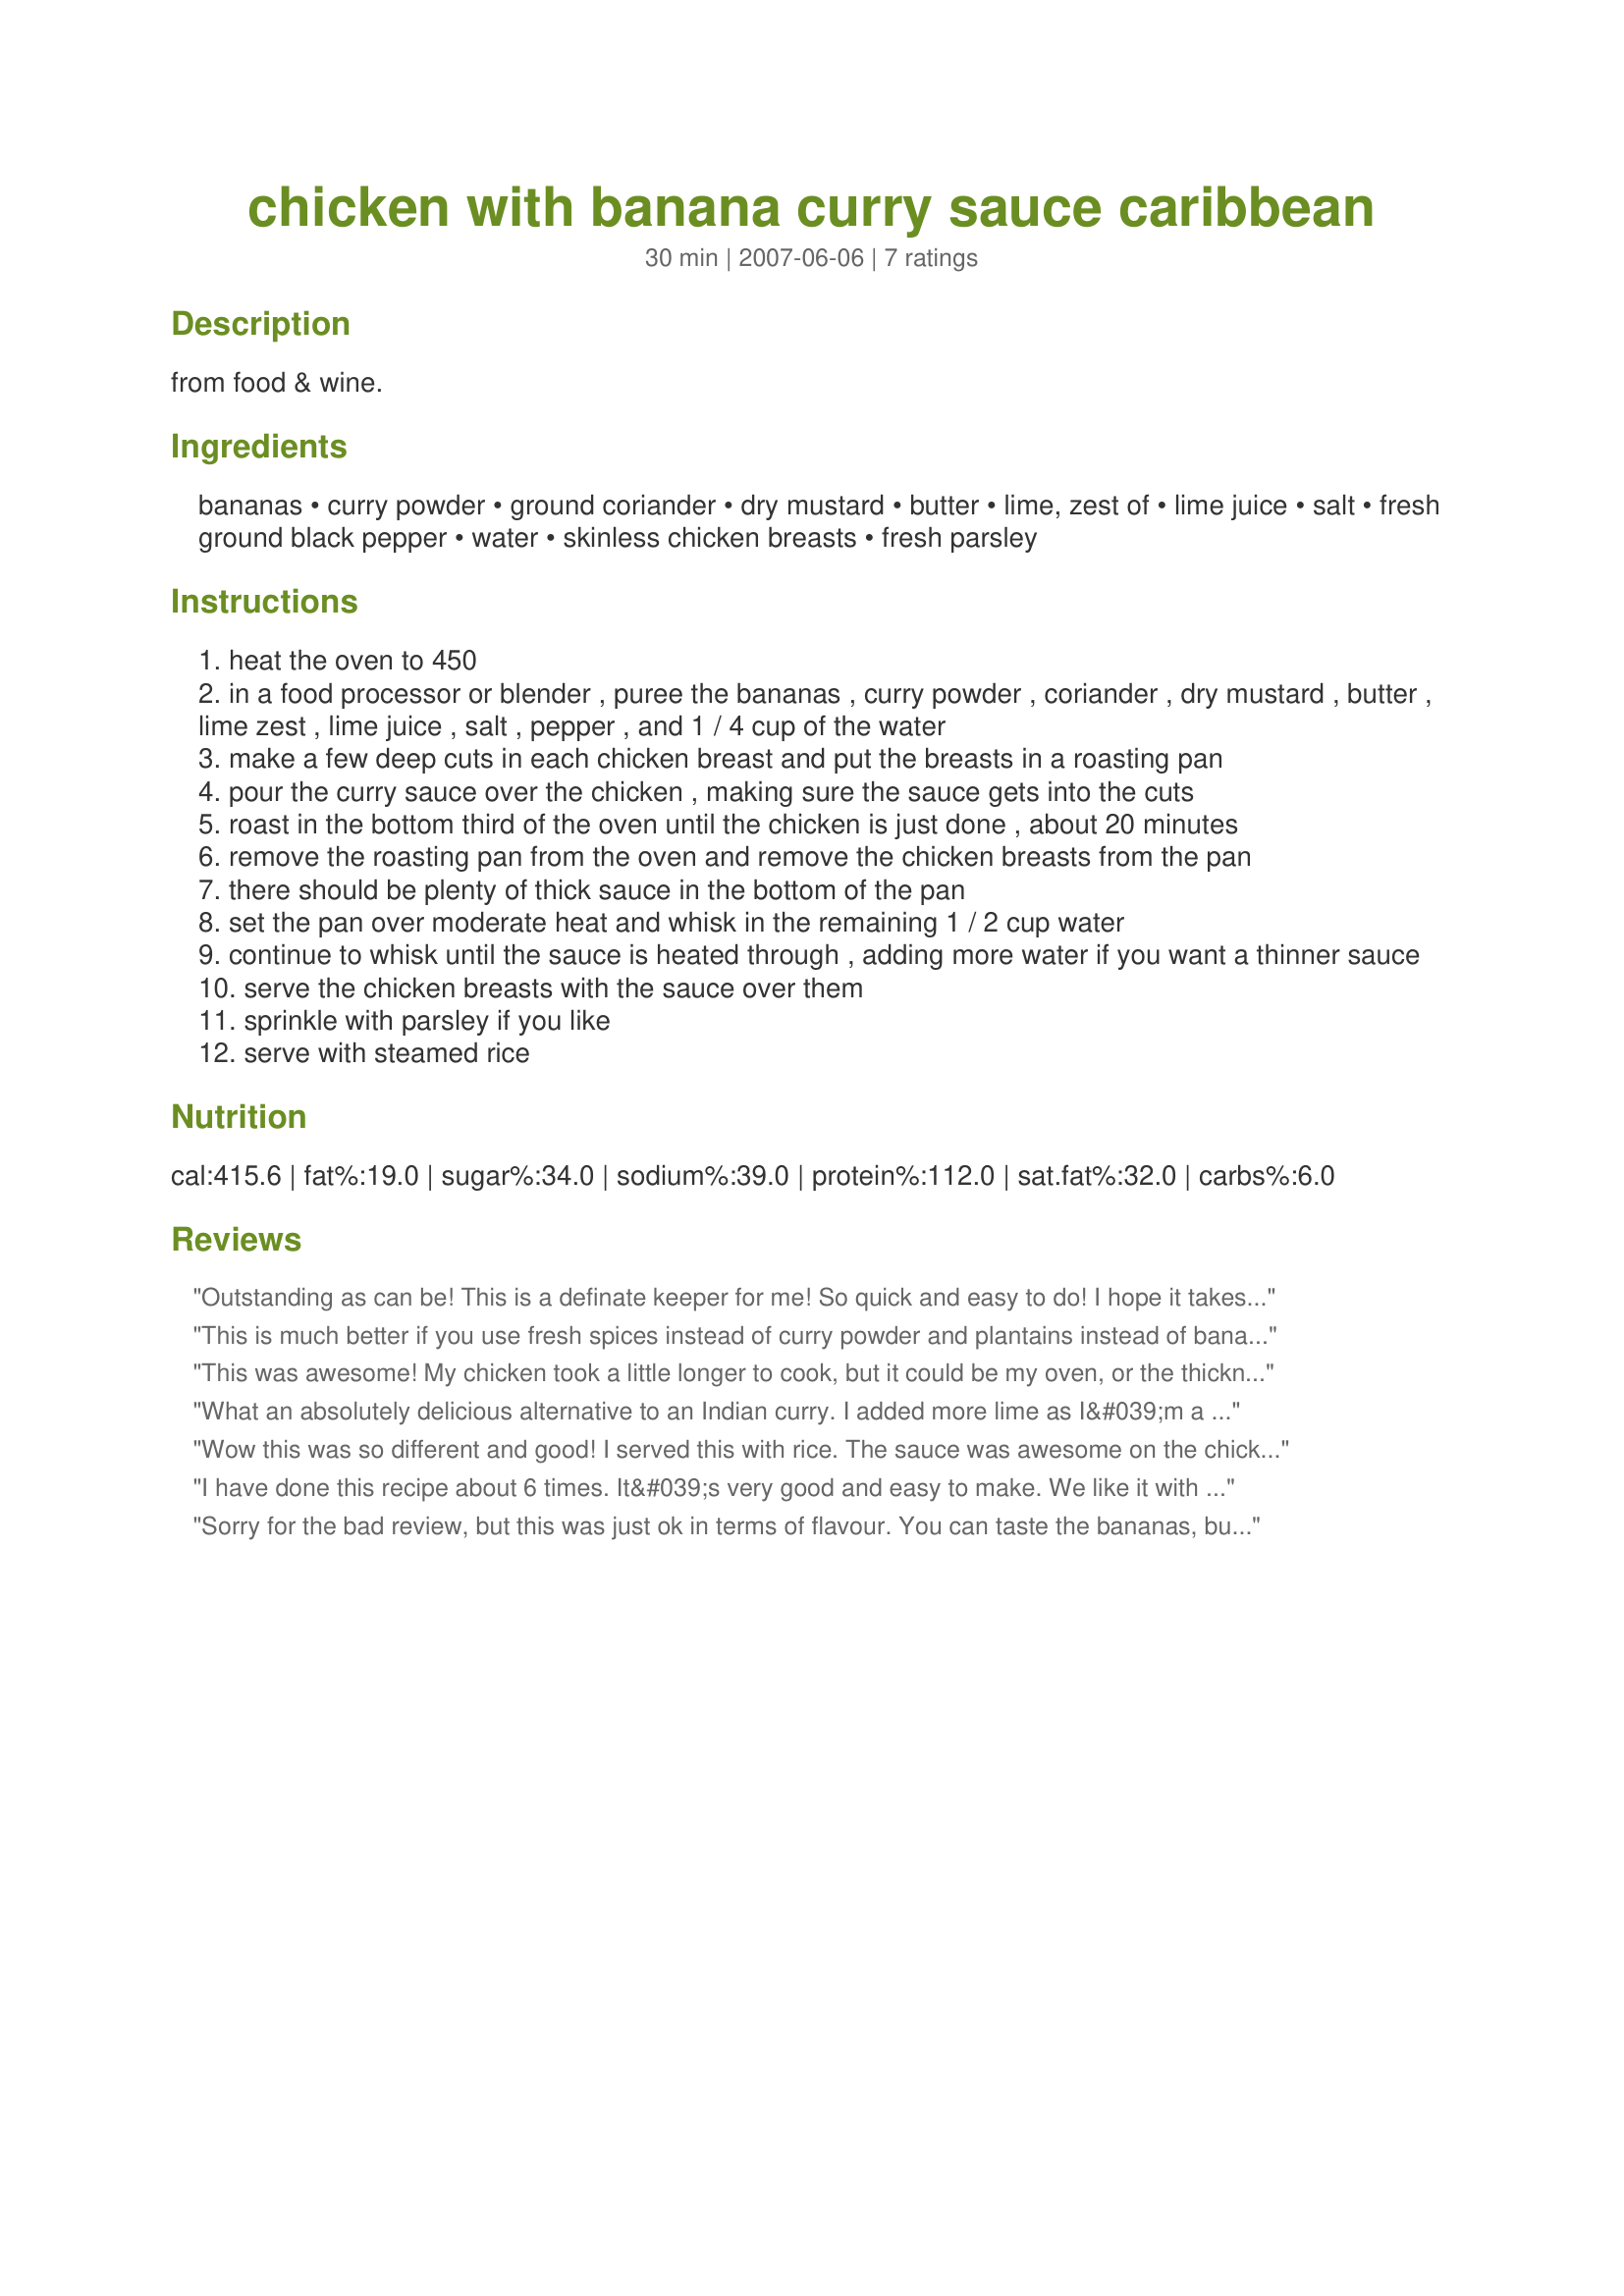
chicken with banana curry sauce caribbean
Preparation time: 30 minutes

from food & wine.

Ingredients:
bananas, curry powder, ground coriander, dry mustard, butter, lime, zest of, lime juice, salt, fresh ground black pepper, water, skinless chicken breasts, fresh parsley

Steps:
heat the oven to 450
in a food processor or blender , puree the bananas , curry powder , coriander , dry mustard , butter , lime zest , lime juice , salt , pepper , and 1 / 4 cup of the water
make a few deep cuts in each chicken breast and put the breasts in a roasting pan
pour the curry sauce over the chicken , making sure the sauce gets into the cuts
roast in the bottom third of the oven until the chicken is just done , about 20 minutes
remove the roasting pan from the oven and remove the chicken breasts from the pan
there should be plenty of thick sauce in the bottom of the pan
set the pan over moderate heat and whisk in the remaining 1 / 2 cup water
continue to whisk until the sauce is heated through , adding more water if you want a thinner sauce
serve the chicken breasts with the sauce over them
sprinkle with parsley if you like
serve with steamed rice

Reviews:
Outstanding as can be!
This is a definate keeper for me!
So quick and easy to do!
I hope it takes your fancy and you will review!
This is much better if you use fresh spices instead of curry powder and plantains instead of bananas, I slice two plantains in to the sauce and split and fry 2 more in butter as a garnish
This was awesome! My chicken took a little longer to cook, but it could be my oven, or the thickness of the chicken. I served it over arborio rice and it worked fine. I also served it with Garlic Naan, and it REALLY complimented the flavors nicely. Thank you so much for another great recipe!!!!
What an absolutely delicious alternative to an Indian curry. I added more lime as I&#039;m a fan of slightly acidic flavour combined with the sweetness of the banana. Served with basmati rice, and chopped cucumber and tomato. Top marks !
Wow this was so different and good! I served this with rice. The sauce was awesome on the chicken, but tasted a little "off" mixed into the rice. Very good recipe, well written and easy to follow and prepare. The curry is very heavy, but the banana peeks through just enough. Delicious!
I have done this recipe about 6 times. It&#039;s very good and easy to make. We like it with rice or quinoa. We have used it as a filling, mixing it with vegetables, for small turnovers for a party, people really enjoyed it.
Sorry for the bad review, but this was just ok in terms of flavour. You can taste the bananas, but it was a bit odd with the curry. We ate it but will not make again. Chicken took 30 minutes to reach a safe temperature to eat. We served it over a mix of brown and wild rice.
